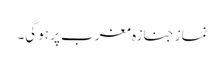
نماز جنازہ مغرب پر ہوگی۔